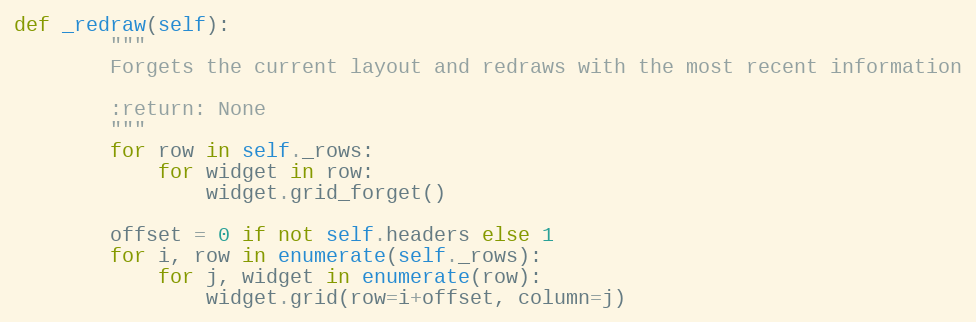
Language: Python
def _redraw(self):
        """
        Forgets the current layout and redraws with the most recent information

        :return: None
        """
        for row in self._rows:
            for widget in row:
                widget.grid_forget()

        offset = 0 if not self.headers else 1
        for i, row in enumerate(self._rows):
            for j, widget in enumerate(row):
                widget.grid(row=i+offset, column=j)